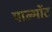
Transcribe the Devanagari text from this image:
पाल्मोंट